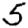
Digit: 5